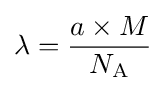
\lambda ={\frac {a\times M}{N_{\text{A}}}}